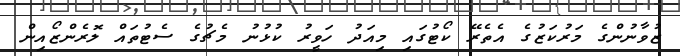
ޒުވާނުންގެ މަރުކަޒުގެ އެތެރޭ ކޯޓުގައި މިއަދު ހަވީރު ކުޅުނު މެޗުގެ ސެޓުތައް ލޮރެންޒޯއިން